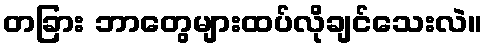
တခြား ဘာတွေများထပ်လိုချင်သေးလဲ။